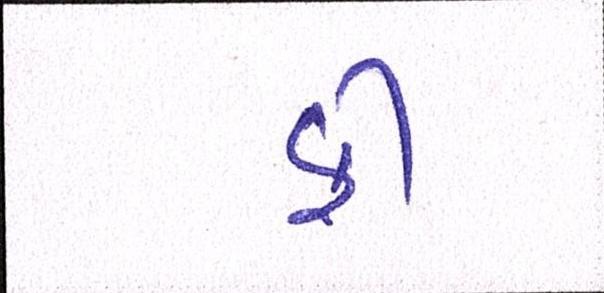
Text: ફી